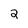
Character: 2